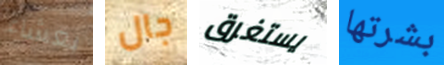
بعشاء جال يستغرق بشرتها